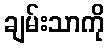
ချမ်းသာကို